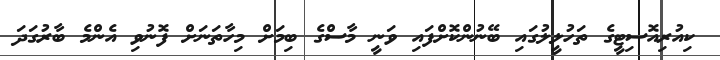
ކިއުރިއޮސިޓީގެ ތަހުލީލުގައި ބޭނުންކޮށްފައި ވަނީ މާސްގެ ބިމަށް މިހާތަނަށް ފޮނުވި އެންމެ ބާރުގަދަ